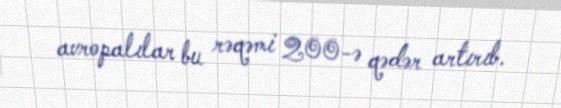
avropalılar bu rəqəmi 200-ə qədər artırıb.